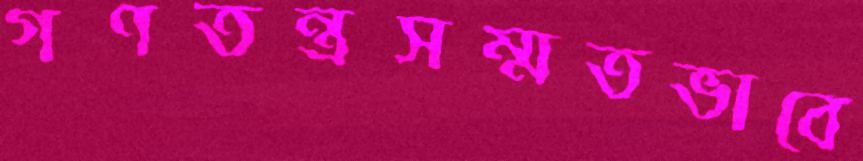
গণতন্ত্রসম্মতভাবে